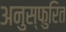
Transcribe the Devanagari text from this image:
अनुस्फुरित